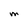
Character: M